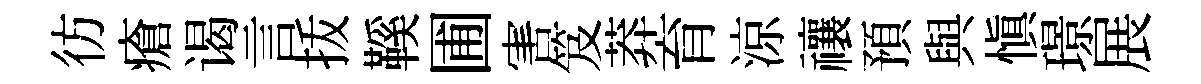
彷瘡谒言㧞鞵圃害笈莽育涼禳預與慎璟展